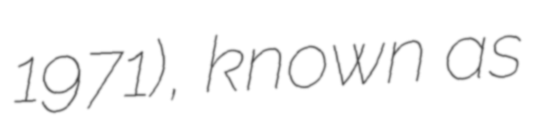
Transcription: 1971), known as